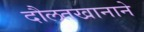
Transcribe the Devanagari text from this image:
दौलतखानाने